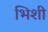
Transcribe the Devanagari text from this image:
भिशी